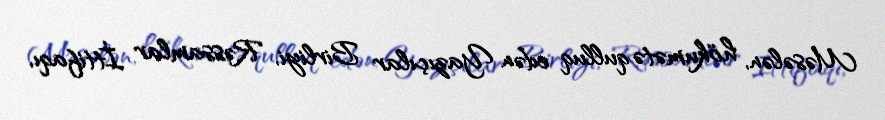
Məsələn, hökumətə qulluq edən Yazıçılar Birliyi, Rəssamlar İttifaqı,